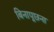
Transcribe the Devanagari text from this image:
बिनापूछना